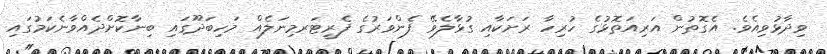
ވިދާޅުވިއެވެ. އެގޮތުން އަރިއަތޮޅުގެ ހުރިހާ ރަށަކާއި ގުޅާލެވޭ ފެންވަރުގެ ފެރީޓަރމިނަލެއް މަހިބަދޫގައި ބިނާކޮށްދެއްވާނެކަމުގައި